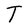
Character: T